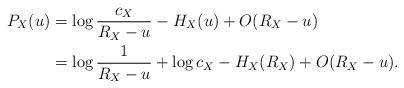
LaTeX: \begin{align*}P_X(u) &= \log \dfrac{c_{X}}{R_{X}-u}- H_{X}(u)+ O(R_{X}-u) \\ &= \log \dfrac{1}{R_{X}-u}+ \log c_{X}- H_{X}(R_{X})+ O(R_{X}-u). \end{align*}